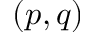
( p , q )